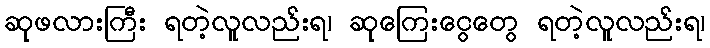
ဆုဖလားကြီး ရတဲ့လူလည်းရ၊ ဆုကြေးငွေတွေ ရတဲ့လူလည်းရ၊